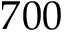
7 0 0